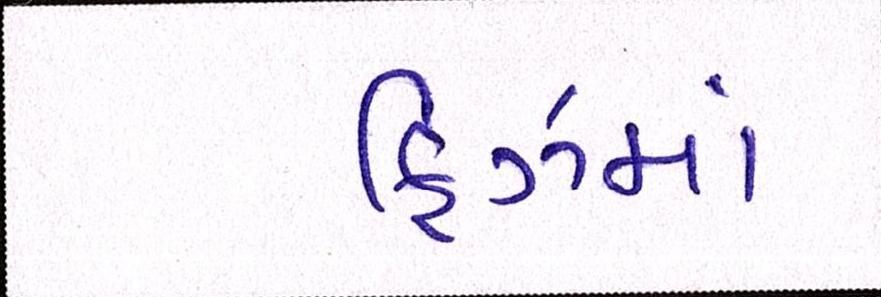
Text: ફ્રિઝમાં